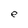
Character: e